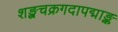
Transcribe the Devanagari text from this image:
शङ्खचक्रगदापद्माङ्क